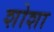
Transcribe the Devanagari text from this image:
शोशा